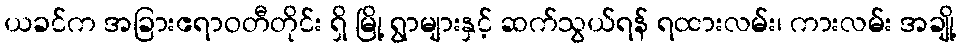
ယခင်က အခြားဧရာဝတီတိုင်း ရှိ မြို့ ရွာများနှင့် ဆက်သွယ်ရန် ရထားလမ်း၊ ကားလမ်း အချို့